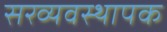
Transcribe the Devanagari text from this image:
सरव्यवस्थापक